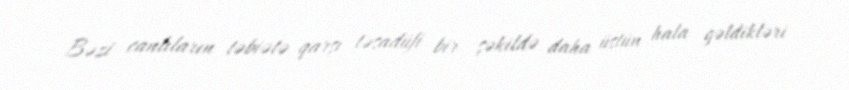
Bəzi canlıların təbiətə qarşı təsadüfi bir şəkildə daha üstün hala gəldikləri